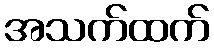
အသက်ထက်